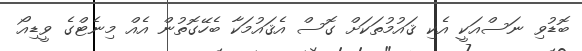
ބޮޑުވި ނަސްއަކީ އެކި ޤައުމުތަކަށް ގޮސް އެޤައުމަކާ ބެހޭގޮތުން އެއް މިނެޓްގެ ވީޑިއޯ